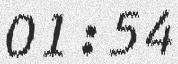
01:54